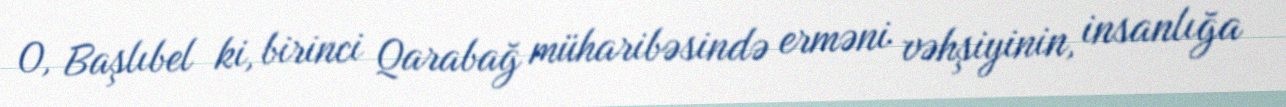
O, Başlıbel ki, birinci Qarabağ müharibəsində erməni vəhşiyinin, insanlığa